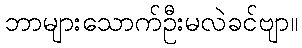
ဘာများသောက်ဦးမလဲခင်ဗျာ။